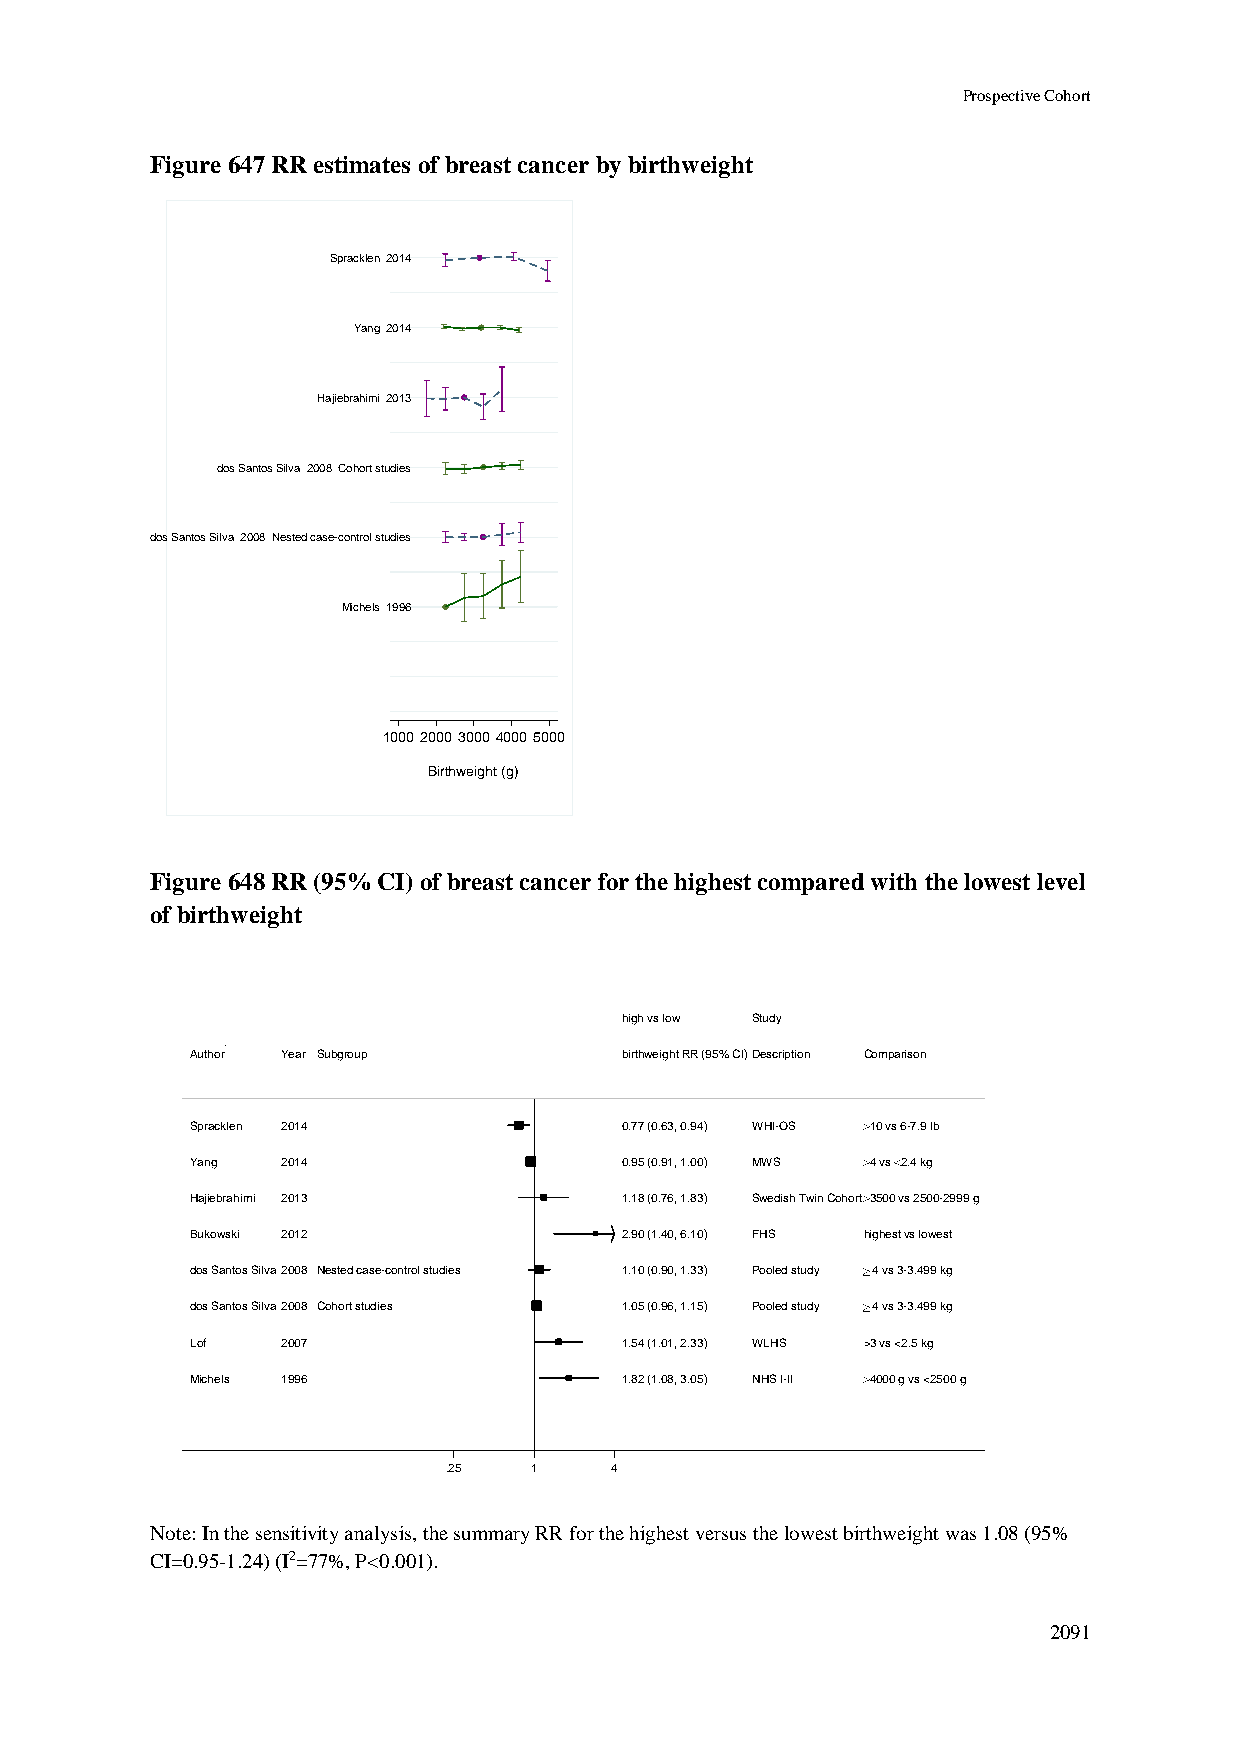
Prospective Cohort
 Figure 647 RR estimates of breast cancer by birthweight
 Spracklen 2014
 Yang 2014
 Hajiebrahimi 2013
 dos Santos Silva 2008 Cohort studies
 dos Santos Silva 2008 Nested case-control studies
 Michels 1996
 1000 2000 3000 4000 5000
 Birthweight (g)
 Figure 648 RR (95% CI) of breast cancer for the highest compared with the lowest level
 of birthweight
 hhiigghh vvss llooww SSttuuddyy
 Author Year Subgroup        bbiirrtthhwweeiigghhtt RRRR ((9955%% CCII))DDeessccrriippttiioonn Comparison
 Spracklen 2014              00..7777 ((00..6633,, 00..9944)) WWHHII--OOSS 10 vs 6-7.9 lb
 Yang  2014                  00..9955 ((00..9911,, 11..0000)) MMWWSS 4 vs 2.4 kg
 Hajiebrahimi 2013           11..1188 ((00..7766,, 11..8833)) SSwweeddiisshh TTwwiinn CCoohhoorrtt 3500 vs 2500-2999 g
 Bukowski 2012               22..9900 ((11..4400,, 66..1100)) FFHHSS highest vs lowest
 dos Santos Silva2008 Nested case-control studies 11..1100 ((00..9900,, 11..3333)) PPoooolleedd ssttuuddyy 4 vs 3-3.499 kg
 dos Santos Silva2008 Cohort studies 11..0055 ((00..9966,, 11..1155)) PPoooolleedd ssttuuddyy 4 vs 3-3.499 kg
 Lof   2007                  11..5544 ((11..0011,, 22..3333)) WWLLHHSS >3 vs <2.5 kg
 Michels 1996                11..8822 ((11..0088,, 33..0055)) NNHHSS II--IIII 4000 g vs <2500 g
 .25   11   4
 Note: In the sensitivity analysis, the summary RR for the highest versus the lowest birthweight was 1.08 (95%
 CI=0.95-1.24) (I2=77%, P<0.001).
 2091